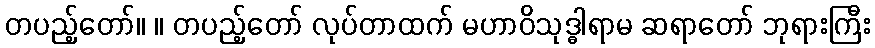
တပည့်တော်။ ။ တပည့်တော် လုပ်တာထက် မဟာဝိသုဒ္ဓါရာမ ဆရာတော် ဘုရားကြီး